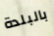
بالبلدة